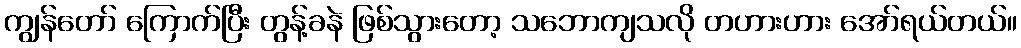
ကျွန်တော် ကြောက်ပြီး တွန့်ခနဲ ဖြစ်သွားတော့ သဘောကျသလို တဟားဟား အော်ရယ်တယ်။